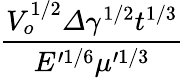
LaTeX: \frac{V_{o}^{1/2}\varDelta\gamma^{1/2}t^{1/3}}{E^{\prime 1/6}\mu^{\prime 1/3}}